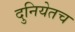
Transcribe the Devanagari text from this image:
दुनियेतच